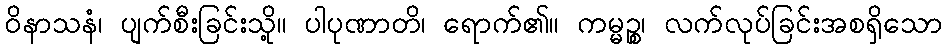
ဝိနာသနံ၊ ပျက်စီးခြင်းသို့။ ပါပုဏာတိ၊ ရောက်၏။ ကမ္မဉ္စ၊ လက်လုပ်ခြင်းအစရှိသော